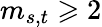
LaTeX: m_{s,t}\geqslant 2